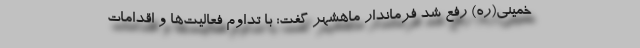
خمینی(ره) رفع شد فرماندار ماهشهر گفت: با تداوم فعالیت‌ها و اقدامات